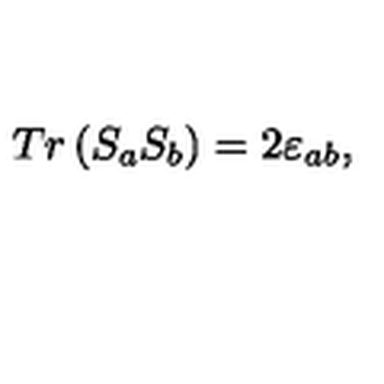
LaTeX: T r \left( S _ { a } S _ { b } \right) = 2 \varepsilon _ { a b } ,